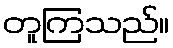
တူကြသည်။